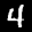
Label: 4